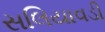
સલિયાવડી